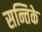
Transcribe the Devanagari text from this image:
सन्तिके